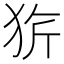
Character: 𤞆